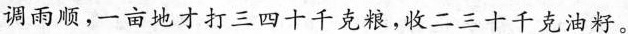
调雨顺，一亩地才打三四十千克粮，收二三十千克油籽。